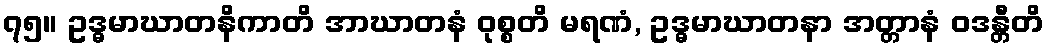
၇၅။ ဥဒ္ဓမာဃာတနိကာတိ အာဃာတနံ ဝုစ္စတိ မရဏံ, ဥဒ္ဓမာဃာတနာ အတ္တာနံ ဝဒန္တီတိ